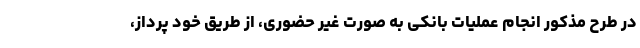
در طرح مذکور انجام عملیات بانکی به صورت غیر حضوری، از طریق خود پرداز،